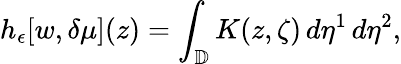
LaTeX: h_{\epsilon}[w,\delta\mu](z)=\int_{\mathbb{D}}K(z,\zeta)\, d\eta^{1}\, d\eta^{2},